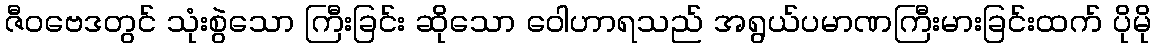
ဇီဝဗေဒတွင် သုံးစွဲသော ကြီးခြင်း ဆိုသော ဝေါဟာရသည် အရွယ်ပမာဏကြီးမားခြင်းထက် ပိုမို